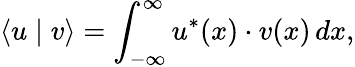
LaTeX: \langle u\mid v\rangle=\int_{-\infty}^{\infty}u^{*}(x)\cdot v(x)\, dx,